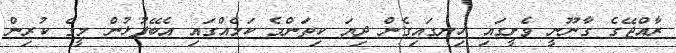
ރާއްޖޭގެ ގާނޫނީ ވެށީގައި ހިނގައިގެން ދިޔަ ކިތަންމެ ކަމެއްގައި އެބޭފުޅުން މީގެ ކުރިން